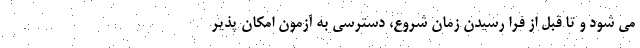
می شود و تا قبل از فرا رسیدن زمان شروع، دسترسی به آزمون امکان پذیر